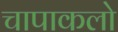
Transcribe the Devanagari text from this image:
चापाकलो